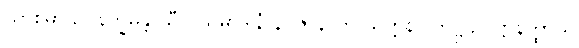
ယာစိမှာ ဥပနိက္ခမန္တိ သီလသမာဒါနံ နပ္ပဇာနာတိ သုတ္တနိပါတဋ္ဌ ဥပဋ္ဌာနတ္ထာယ